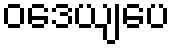
ဝဒေယျပေ